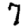
Digit: 7